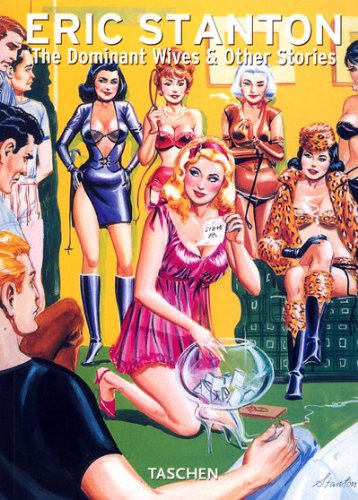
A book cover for The Dominant Wives & Other Stories (Taschen 25th Anniversary); Eric Stanton; Comics & Graphic Novels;